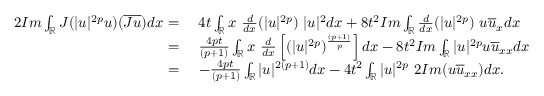
\begin{array} { r l } { 2 I m \int _ { \mathbb { R } } J ( | u | ^ { 2 p } u ) ( \overline { { J u } } ) d x = } & { \ 4 t \int _ { \mathbb { R } } x \ \frac { d } { d x } ( | u | ^ { 2 p } ) \ | u | ^ { 2 } d x + 8 t ^ { 2 } I m \int _ { \mathbb { R } } \frac { d } { d x } ( | u | ^ { 2 p } ) \ u \overline { { u } } _ { x } d x } \\ { = } & { \ \frac { 4 p t } { ( p + 1 ) } \int _ { \mathbb { R } } x \ \frac { d } { d x } \left[ ( | u | ^ { 2 p } ) ^ { \frac { ( p + 1 ) } { p } } \right] d x - 8 t ^ { 2 } I m \int _ { \mathbb { R } } | u | ^ { 2 p } u \overline { { u } } _ { x x } d x } \\ { = } & { \ - \frac { 4 p t } { ( p + 1 ) } \int _ { \mathbb { R } } | u | ^ { 2 ( p + 1 ) } d x - 4 t ^ { 2 } \int _ { \mathbb { R } } | u | ^ { 2 p } \ 2 I m ( u \overline { { u } } _ { x x } ) d x . } \end{array}